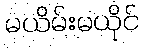
မယိမ်းမယိုင်